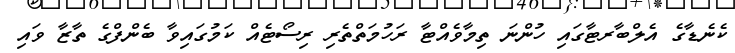
ކެނެޑާގެ އެލްބާރޓާގައި ހުންނަ ތިމާވެއްޓާ ރަހުމަތްތެރި ރިސޯޓެއް ކަމުގައިވާ ބެންފްގެ ތާޒާ ވައި